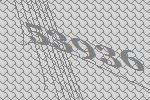
53936